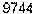
9744